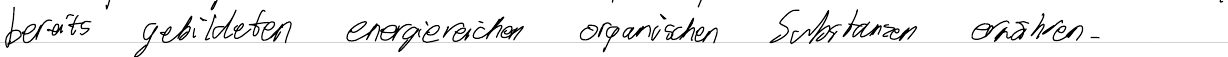
bereits gebildeten energiereichen organischen Substanzen ernähren.